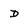
Character: D